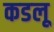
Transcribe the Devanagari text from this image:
कडलू